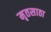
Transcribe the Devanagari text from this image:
मृतसाठा